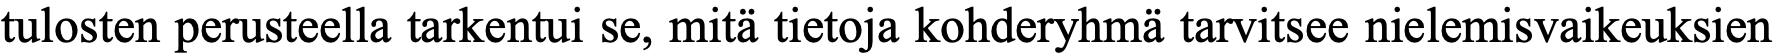
tulosten perusteella tarkentui se, mitä tietoja kohderyhmä tarvitsee nielemisvaikeuksien